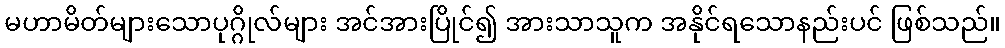
မဟာမိတ်များသောပုဂ္ဂိုလ်များ အင်အားပြိုင်၍ အားသာသူက အနိုင်ရသောနည်းပင် ဖြစ်သည်။